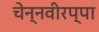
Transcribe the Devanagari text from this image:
चेन्नवीरप्पा